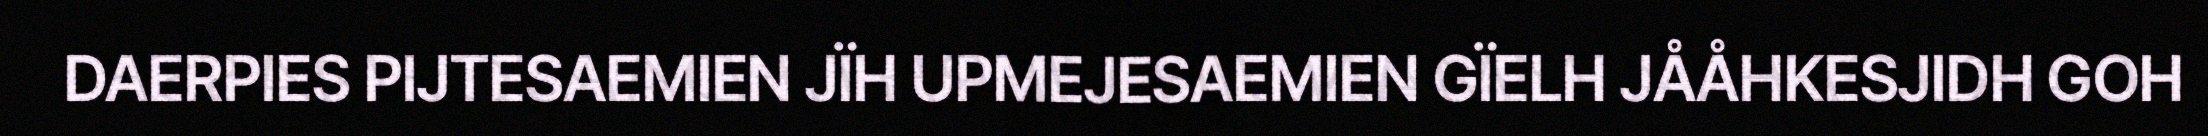
DAERPIES PIJTESAEMIEN JÏH UPMEJESAEMIEN GÏELH JÅÅHKESJIDH GOH